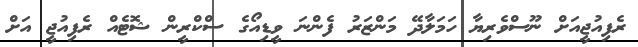
ރެފިއުޖީއަށް ނޫސްވެރިޔާ ހަމަލާދޭ މަންޒަރު ފެންނަ ވީޑިއޯގެ ސްކްރީން ޝޮޓެއް ރެފިއުޖީ އަށް